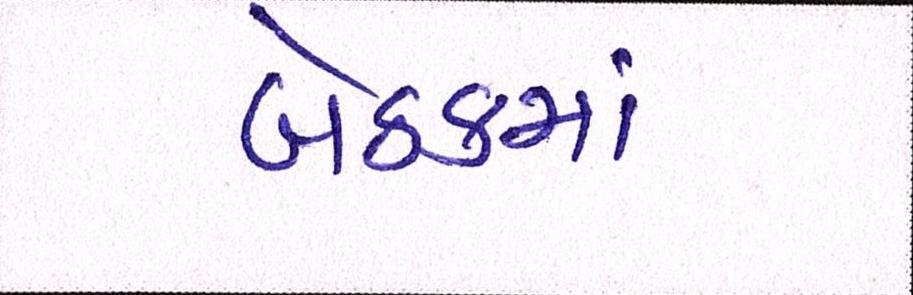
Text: બેઠકમાં